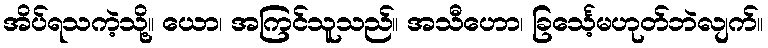
အိပ်ရသကဲ့သို့။ ယော၊ အကြင်သူသည်။ အသီဟော၊ ခြင်္သေ့မဟုတ်ဘဲလျက်။